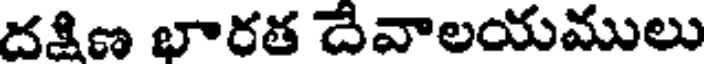
దక్షిణ భారత దివాలయములు